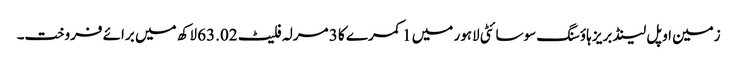
زمین اوپل لینڈ بریز ہاؤسنگ سوسائٹی لاہور میں 1 کمرے کا 3 مرلہ فلیٹ 63.02 لاکھ میں برائے فروخت۔